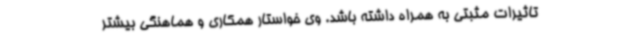
تاثیرات مثبتی به همراه داشته باشد. وی خواستار همکاری و هماهنگی بیشتر